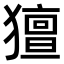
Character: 𤢏